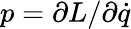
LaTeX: p=\partial L/\partial{\dot{q}}